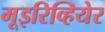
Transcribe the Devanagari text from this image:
मूइरिव्हियेर